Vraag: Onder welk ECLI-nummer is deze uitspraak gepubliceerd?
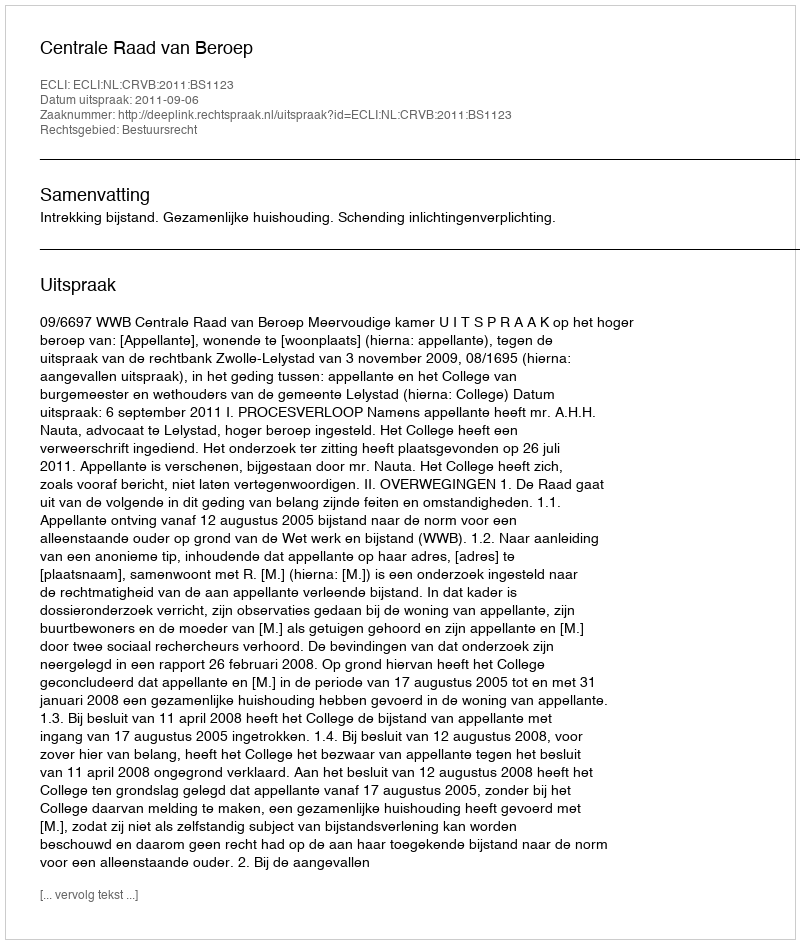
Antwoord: ECLI:NL:CRVB:2011:BS1123